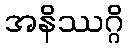
အနိဿဂ္ဂိ